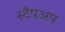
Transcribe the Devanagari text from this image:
स्टैपअप